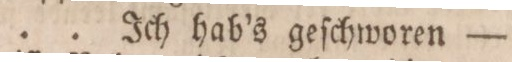
. . . . Ich hab’s geſchworen —